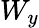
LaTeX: W_{y}